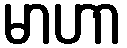
မာဟာ